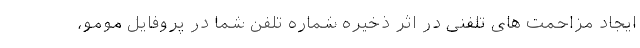
ایجاد مزاحمت های تلفنی در اثر ذخیره شماره تلفن شما در پروفایل مومو،